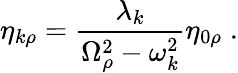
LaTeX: \eta_{k\rho}=\frac{\lambda_{k}}{\Omega_{\rho}^{2}-\omega_{k}^{2}}\eta_{0\rho}\; .